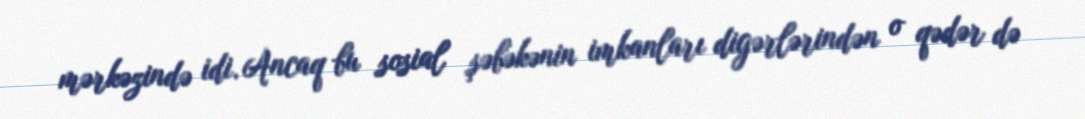
mərkəzində idi. Ancaq bu sosial şəbəkənin imkanları digərlərindən o qədər də